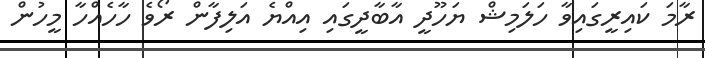
ރާމަ ކައިރީގައިވާ ހަލަމިޝް ޔަހޫދީ އާބާދީގައި އިއްޔެ އަލިފާން ރޯވެ ހާހެއްހާ މީހުން